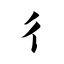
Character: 彳